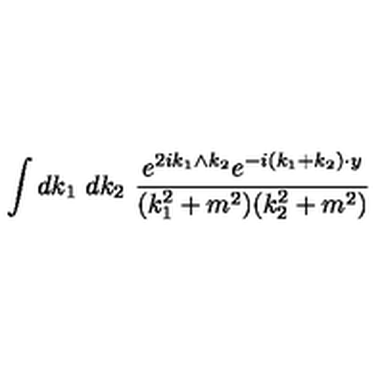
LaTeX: \int d k _ { 1 } \ d k _ { 2 } \ \frac { e ^ { 2 i k _ { 1 } \wedge k _ { 2 } } e ^ { - i ( k _ { 1 } + k _ { 2 } ) \cdot y } } { ( k _ { 1 } ^ { 2 } + m ^ { 2 } ) ( k _ { 2 } ^ { 2 } + m ^ { 2 } ) }